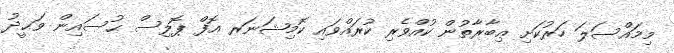
މިމައްސަލަ ހަރުކަށި ޢިބާރާތުން ކުއްވެރި ކުރައްވައި ކޮމިޝަނަރ އޮފް ޕޮލިސް ޙުސައިން ވަޙީދު